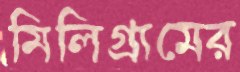
মিলিগ্রামের